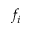
f _ { i }